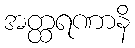
အတ္ထရဏာနိ